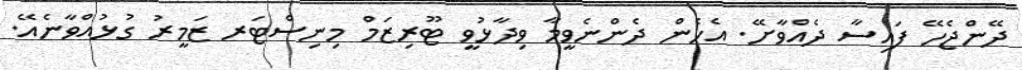
ދޭންޖެހޭ ފައިސާ ދެއްވާށޭ. އެހެން ދެންނެވީމާ ވިދާޅުވީ ޓޫރިޒަމް މިނިސްޓަރ ޒަމީރު ގުޅުއްވާނެއޭ.